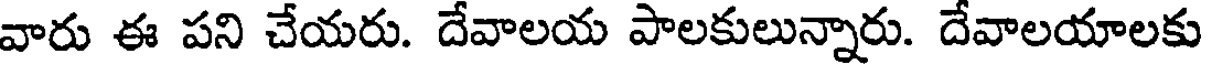
వారు ఈ పని చేయరు. దేవాలయ పాలకులున్నారు. దేవాలయాలకు